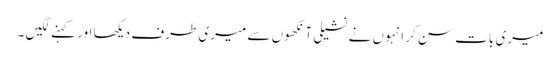
میری بات سن کر انہوں نے نشیلی آنکھوں سے میری طرف دیکھا اور کہنے لگیں ۔